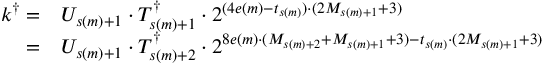
\begin{array} { r l } { k ^ { \dagger } = } & { U _ { s ( m ) + 1 } \cdot T _ { s ( m ) + 1 } ^ { \dagger } \cdot 2 ^ { ( 4 e ( m ) - t _ { s ( m ) } ) \cdot ( 2 M _ { s ( m ) + 1 } + 3 ) } } \\ { = } & { U _ { s ( m ) + 1 } \cdot T _ { s ( m ) + 2 } ^ { \dagger } \cdot 2 ^ { 8 e ( m ) \cdot ( M _ { s ( m ) + 2 } + M _ { s ( m ) + 1 } + 3 ) - t _ { s ( m ) } \cdot ( 2 M _ { s ( m ) + 1 } + 3 ) } } \end{array}